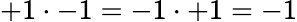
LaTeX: +1\cdot-1=-1\cdot+1=-1